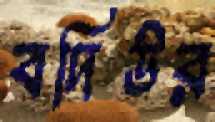
বদিউর